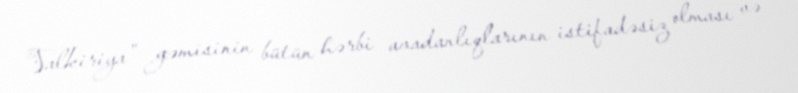
Valkiriya" gəmisinin bütün hərbi avadanlıqlarının istifadəsiz olması və